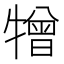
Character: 𤛢